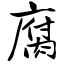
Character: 腐